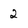
Character: 2